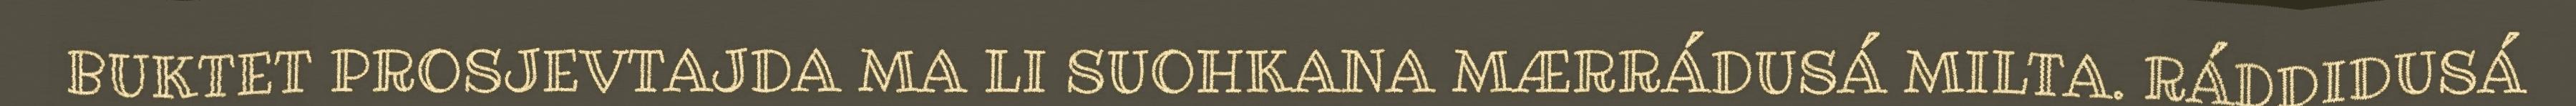
BUKTET PROSJEVTAJDA MA LI SUOHKANA MÆRRÁDUSÁ MILTA. RÁDDIDUSÁ